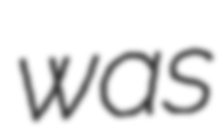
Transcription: was